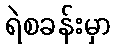
ရဲစခန်းမှာ